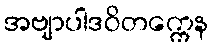
အဗျာပါဒဝိတက္ကေန